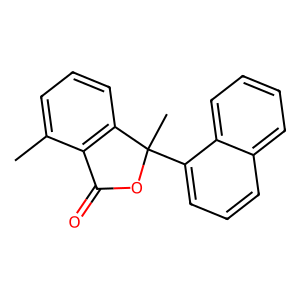
SMILES: Cc1cccc2c1C(=O)OC2(C)c1cccc2ccccc12
Inhibits HIV replication: No